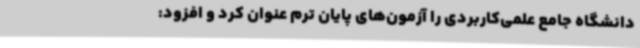
دانشگاه جامع علمی‌کاربردی را آزمون‌های پایان ترم عنوان کرد و افزود: